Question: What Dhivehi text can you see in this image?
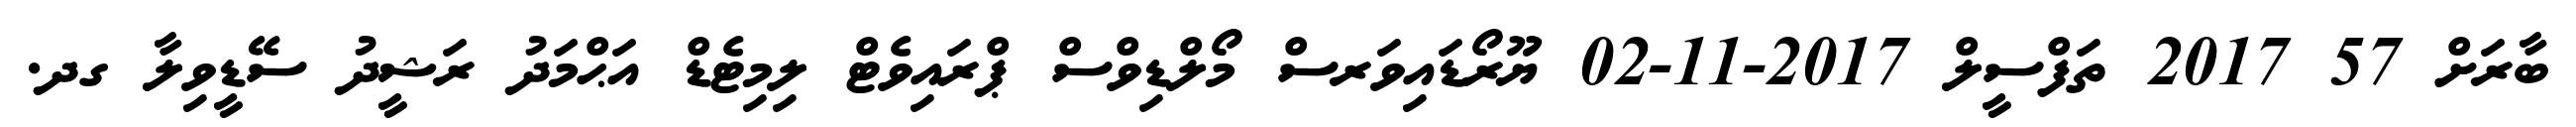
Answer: ބާރަށް 57 2017 ތަފްސީލް 2017-11-02 ޔޫރޯޑައިވަރސް މޯލްޑިވްސް ޕްރައިވެޓް ލިމިޓެޑް އަޙްމަދު ރަޝީދު ސޭޑީވިލާ ގދ.